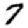
Digit: 7